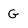
Character: G